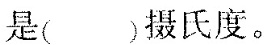
是（ ）摄氏度。